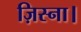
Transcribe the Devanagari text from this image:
ज़िस्ना।